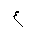
Letter: _ayn